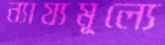
ন্যায্যমূল্যে